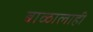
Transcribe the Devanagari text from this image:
बाळालाही